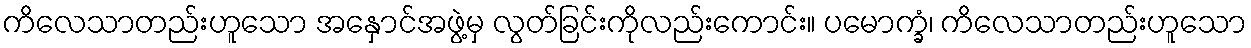
ကိလေသာတည်းဟူသော အနှောင်အဖွဲ့မှ လွတ်ခြင်းကိုလည်းကောင်း။ ပမောက္ခံ၊ ကိလေသာတည်းဟူသော